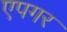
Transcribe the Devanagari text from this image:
एपगर